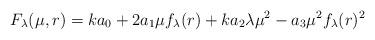
LaTeX: \begin{align*}F_\lambda(\mu,r) = k a_0 + 2 a_1 \mu f_\lambda(r) + k a_2 \lambda \mu^2 - a_3 \mu^2 f_\lambda(r)^2\end{align*}